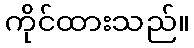
ကိုင်ထားသည်။